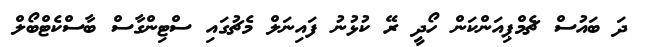
ދަ ބައުސް ޗެމްޕިއަންކަން ހޯދީ ރޭ ކުޅުނު ފައިނަލް މެޗުގައި ސްޓިންގާސް ބާސްކެޓްބޯލް